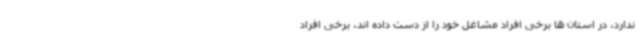
ندارد، در استان ها برخی افراد مشاغل خود را از دست داده اند، برخی افراد